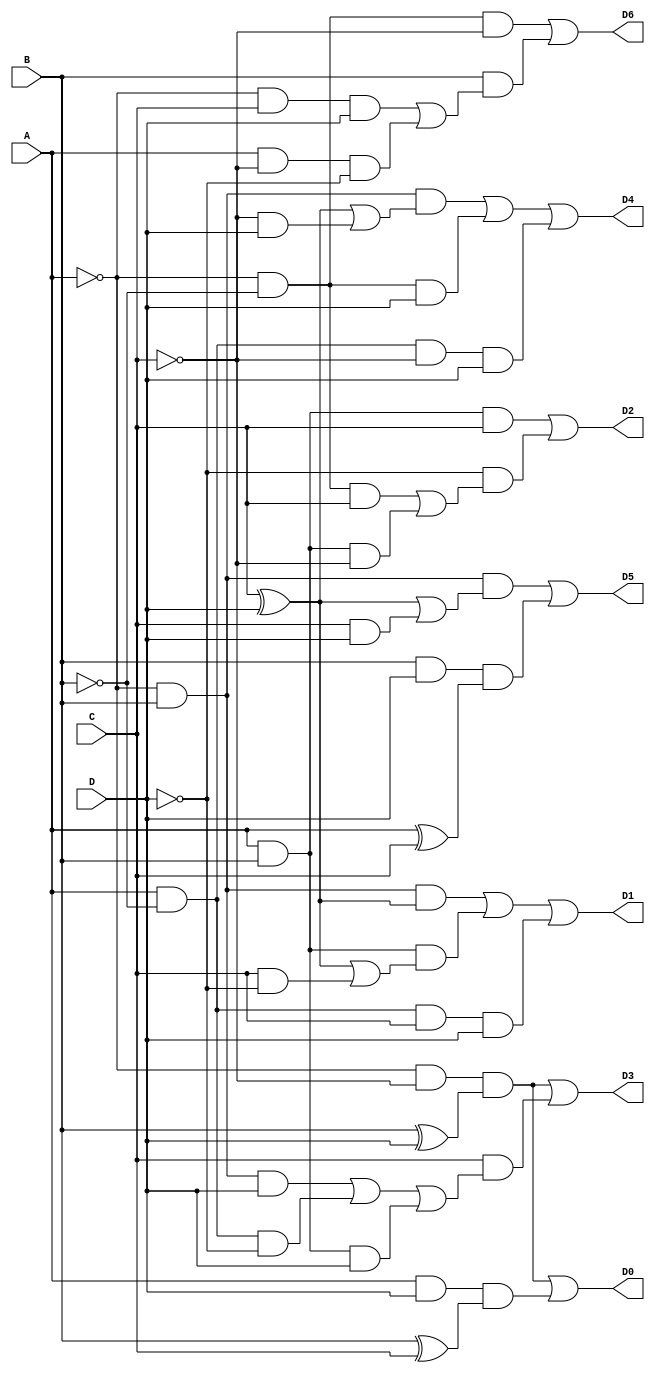
module Display27seg (A, B, C, D, D0, D1, D2, D3, D4, D5, D6);
input A, B, C, D;
output D0, D1, D2, D3, D4, D5, D6;

assign D0 = (((B^D)&(~A&~C))|((A&D)&(B^C)));

assign D1 = (((~A&B)&(C^D))|((A&B)&((C^D)|(C&~D)))|(A&~B&C&D));

assign D2 = ((A&B&C)|(~D&((~A&~B&C)|(A&B&~C))));

assign D3 = (((~A&~C)&(B^D))|(C&((~A&B&D)|(A&~B&~D)|(A&B&D)))); 

assign D4 = (((~A&B)&((C^D)|(~C&D)))|(~A&~B&D)|(A&~B&~C&D));

assign D5 = (((~A&B)&((C^D)|(C&D)))|((B&D)&(A^C)));

assign D6 = ((~A&~B&~C)|( B&((~A&C&D)|(A&~C&~D))));

endmodule